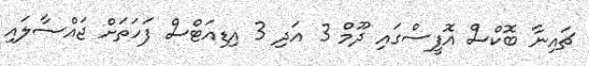
ޗައިނާ ބޮކްސް އޮފީސްގައި ދޫމް 3 އަދި 3 އިޑިއަޓްސް ފަހަތަށް ޖައްސާލައި